King Institute of Preventive Medicine Micro-Biological Section reports 1912-19
Year: 1912
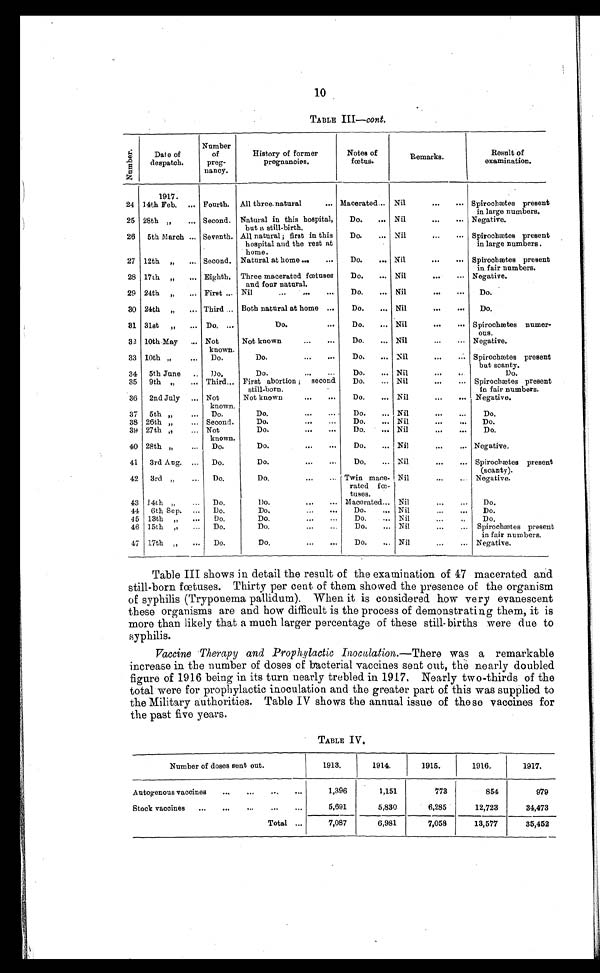
10
TABLE III—cont.
N u m b e r . Date of
despatch.
Number
of
prep-
nancy.
History of former
pregnancies.
Notes of
fœtus.
Remarks.
Result of
examination.
24
1917.
Fourth. All three natural . . . Macerated . . . Nil . . .
Spirochætes present
in large numbers.
14th Feb. . . .
25 28th "
. . . Second. Natural in this hospital,
but a still-birth.
Do. . . .
Nil . . .
Negative.
26
5th March . . . Seventh. All natural; first in this
hospital and the rest at
home.
Do. . . .
Nil . . .
Spirochætes present
in large numbers.
27 12th " . . . Second. Natural at home . . .
Do. . . .
Nil . . .
Spirochætes present
in fair numbers.
28 17th " . . . Eighth. Three macerated fœtuses
and four natural.
Do. . . .
Nil...
Negative.
29 24th " . . . First . . . Nil . . .
Do. . . .
Nil . . .
Do.
30 24th " . . . Third . . . Both natural at home . . .
Do. . . .
Nil . . .
Do.
31 31st " . . . Do. . . .
Do. . . .
Do. . . .
Nil . . .
Spirochætes numer
-ous.
32 10th May . . . Not
known.
Not known . . .
Do. . . .
Nil . . .
Negative.
33 10th " . . .
Do. . . .
Do. . . .
Do. . . .
Nil . . .
Spirochætes present
but scanty.
34
5th June . . .
Do. . . .
Do. . . .
Do. . . .
Nil . . .
Do.
35
9th " . . . Third . . . First abortion; second
still-born.
Do. . . .
Nil . . .
Spirochætes present
in fair numbers.
36
2nd July . . . Not
known.
Not known . . .
Do. . . .
Nil . . .
Negative.
37
5th " . . .
Do.
Do. . . .
Do. . . . Nil . . .
Do.
38 26th " . . . Second.
Do. . . .
Do. . . .
Nil . . .
Do.
39 27th " . . . Not
known.
Do. . . .
Do. . . .
Nil . . .
Do.
40 28th " . . .
Do.
Do. . . .
Do. . . . Nil . . .
Negative.
41
3rd Aug. . . .
Do.
Do. . . .
Do. . . . Nil . . .
Spirochætes present
(scanty).
42
3rd " . . . Do.
Do. . . . Twin mace-
rated f
æ-
tuses.
Nil . . .
Negative.
43 14th " . . . Do.
Do. . . . Macerated . . . Nil . . .
Do.
44 6th Sep. . . . Do.
Do. . . .
Do. . . . Nil . . .
Do.
45 13th " . . . Do.
Do. . . .
Do. . . . Nil . . .
Do.
46 15th " . . .
Do.
Do. . . .
Do. . . . Nil . . .
Spirochætes present
in fair numbers.
47 17th " . . . Do.
Do.
Do. . . .
Nil . . .
Negative.
Table III shows in detail the result of the examination of 47 macerated and
still-born fœtuses. Thirty per cent of them showed the presence of the organism
of syphilis (Tryponema pallidum). When it is considered how very evanescent
these organisms are and how difficult is the process of demonstrating them, it is
more than likely that a much larger percentage of these still-births were due to
syphilis.
Vaccine Therapy and Prophylactic Inoculation .—There was a remarkable
increase in the number of doses of bacterial vaccines sent out, the nearly doubled
fi gure of 1916 bei ng i n i t s t urn nearl y t rebl ed i n 1917. Nearl y t wo-t hi rds of t he
total were for prophylactic inoculation and the greater part of this was supplied to
the Military authorities. Table IV shows the annual issue of these vaccines for
the past five years.
TABLE IV.
Number of doses sent out.
1913.
1914.
1915.
1916.
1917.
Autogenous vaccines . . .
1,396
1,151
773
854
979
Stock vaccines . . .
5,691
5,830
6,285
12,723
34,473
Total . . .
7,087
6,981
7,058
13,577
35,452